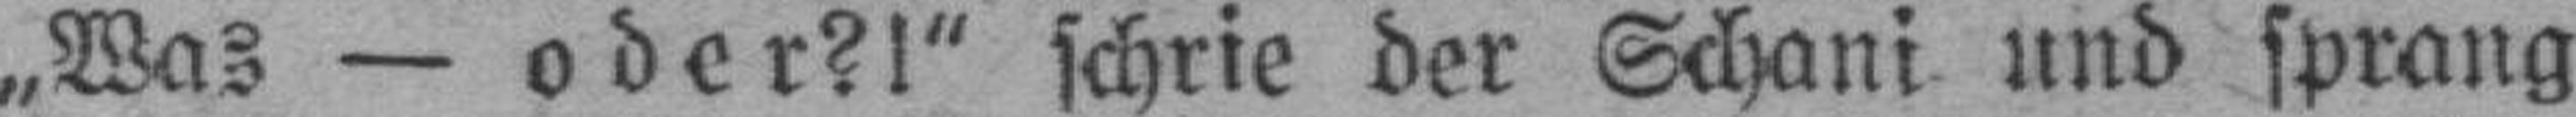
„Was — oder?!“ schrie der Schani und sprang